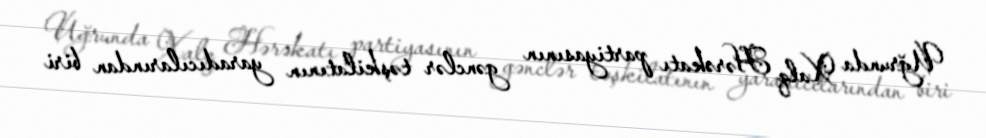
Uğrunda Xalq Hərəkatı partiyasının gənclər təşkilatının yaradıcılarından biri